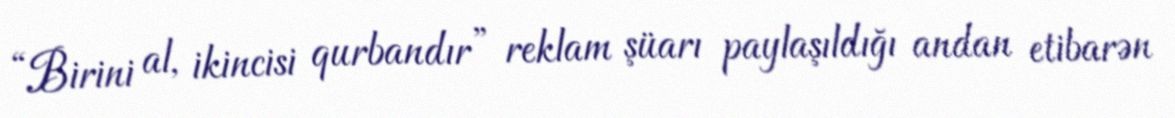
“Birini al, ikincisi qurbandır” reklam şüarı paylaşıldığı andan etibarən